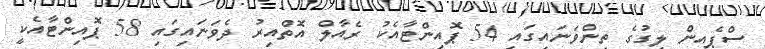
ސްޕެއިން ލީގުގެ ތިންވަނައިގައި 54 ޕޮއިންޓާއެކު ރެއާލް އޮތްއިރު ދެވަނައިގައި 58 ޕޮއިންޓާއެކީ